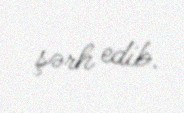
şərh edib.